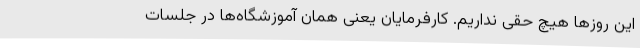
این روزها هیچ حقی نداریم. کارفرمایان یعنی همان آموزشگاه‌ها در جلسات